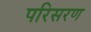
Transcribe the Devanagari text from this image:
परिसरण